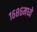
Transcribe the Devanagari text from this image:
१६८६मध्ये